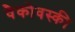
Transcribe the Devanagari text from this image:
वैकोवस्की